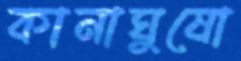
কানাঘুষো